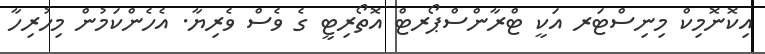
އިކޮނޮމިކް މިނިސްޓަރ އަކީ ޓްރާންސްޕޯރޓް އޮތޯރިޓީ ގެ ވެސް ވެރިޔާ. އެހެންކަމުން މިހުރިހާ